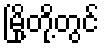
မြို့တို့တွင်